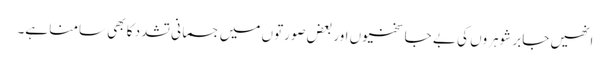
انھیں جابر شوہروں کی بے جا سختیوں اور بعض صورتوں میں جسمانی تشدد کا بھی سامنا ہے۔